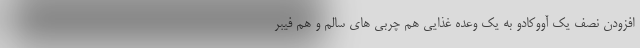
افزودن نصف یک آووکادو به یک وعده غذایی هم چربی های سالم و هم فیبر